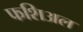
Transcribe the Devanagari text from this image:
फशिअल